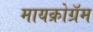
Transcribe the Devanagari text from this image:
मायक्रोग्रॅम